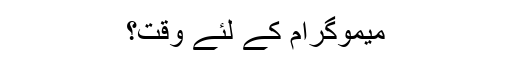
میموگرام کے لئے وقت؟